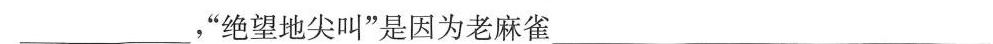
___，”绝望地尖叫”是因为老麻雀 ___